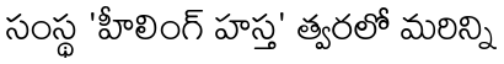
సంస్థ 'హీలింగ్ హస్త' త్వరలో మరిన్ని